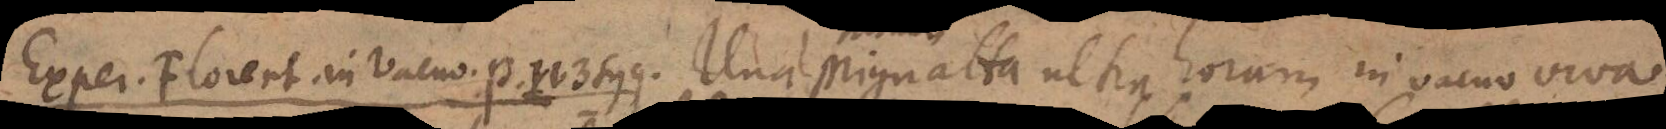
Exper. Florent. in Vacuo p. 113 sqq. Una Mignatta ultra horam in vacuo viva